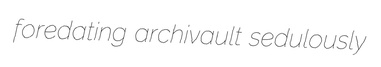
foredating archivault sedulously